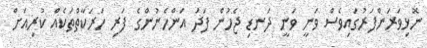
ނޮޅިވަރަންފަރުގައިވެސް ވަނީ ވަނީ ދަނޑި ޖެހުން ފަދަ އަންހެނުންގެ ފަރި ހަރަކާތްތަކެއް ކުރިއަށް